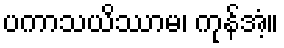
ပကာသယိဿာမ၊ ကုန်အံ့။